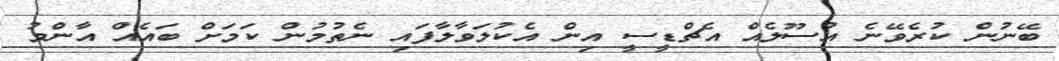
ބޭނުން ކުރެވޭނެ އުސޫލެއް އެޗްޑީސީ އިން އެކުލަވާލާފައި ނެތުމުން ކަމަށް ބައެއް އާންމު